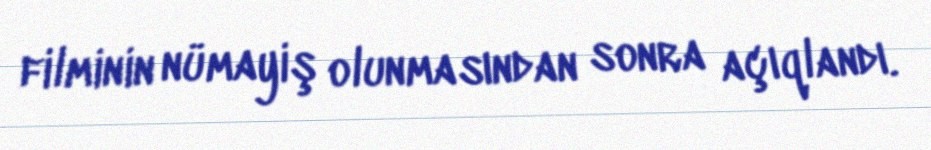
filminin nümayiş olunmasından sonra açıqlandı.